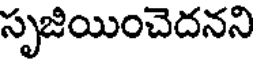
సృజియించెదనని